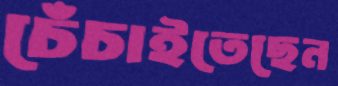
চেঁচাইতেছেন